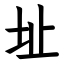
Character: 址